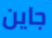
جاين